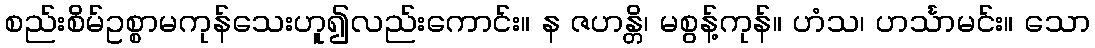
စည်းစိမ်ဥစ္စာမကုန်သေးဟူ၍လည်းကောင်း။ န ဇဟန္တိ၊ မစွန့်ကုန်။ ဟံသ၊ ဟင်္သာမင်း။ သော